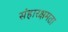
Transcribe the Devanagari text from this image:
संहारक्षमता